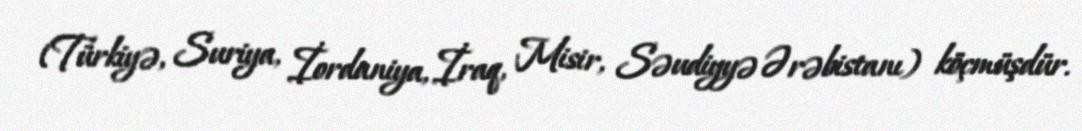
(Türkiyə, Suriya, İordaniya, İraq, Misir, Səudiyyə Ərəbistanı) köçmüşdür.